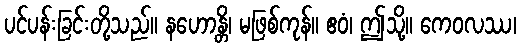
ပင်ပန်းခြင်းတို့သည်။ နဟောန္တိ၊ မဖြစ်ကုန်။ ဧဝံ၊ ဤသို့။ ကေဝလဿ၊